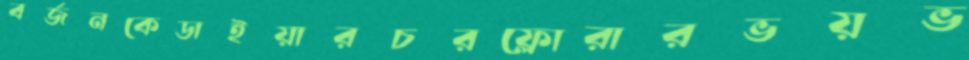
বর্জনকেডাইয়ারচরফ্লোরারভয়ভ